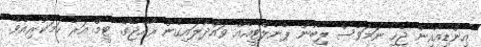
އިންޑިއާއިން ޖެހި ނަމަވެސް ލިބުނު ޕެނެލްޓީއެއް ވައްދާލައިގެން ރާއްޖޭގެ ޓީމް އަރާ ހަމަކުރިއެވެ.